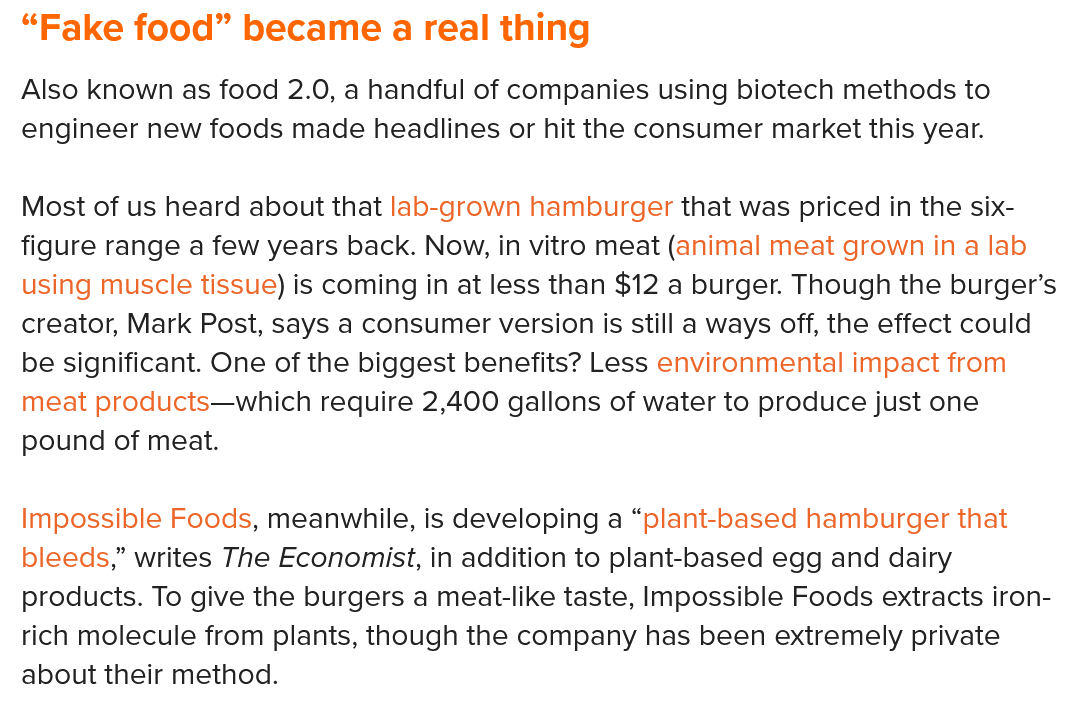
“Fake   food”  became  a real   thing
  Also known as food 2.0, a handful of companies using biotech methods to
  engineer new foods made headlines or hit the consumer market this year.
  Most of us heard about that lab-grown hamburger that was priced in the six-
  figure range a few years back. Now, in vitro meat (animal meat grown in a lab
  using muscle tissue) is coming in at less than $12 a burger. Though the burger’s
  creator, Mark Post, says a consumer version is still a ways off, the effect could
  be significant. One of the biggest benefits? Less environmental impact from
  meat products—which require 2,400 gallons of water to produce just one
  pound of meat.
  Impossible Foods, meanwhile, is developing a “plant-based hamburger that
  bleeds,” writes The Economist, in addition to plant-based egg and dairy
  products. To give the burgers a meat-like taste, Impossible Foods extracts iron-
  rich molecule from plants, though the company has been extremely private
  about their method.